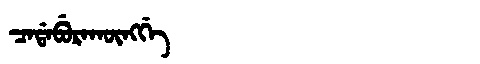
Manchu: ᠴᠠᡩᠠᠪᡠᡵᠠᡴᡡᠩᡤᡝ
Romanization: CADABURAKŪNGGE